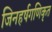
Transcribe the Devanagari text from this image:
जिनहर्षगणिकृत